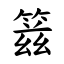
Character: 䈘